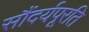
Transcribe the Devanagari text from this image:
सौंदर्यपूरति